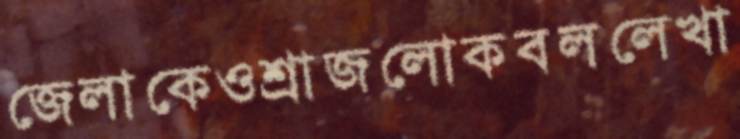
জেলাকেওশ্রাজলোকবললেখা